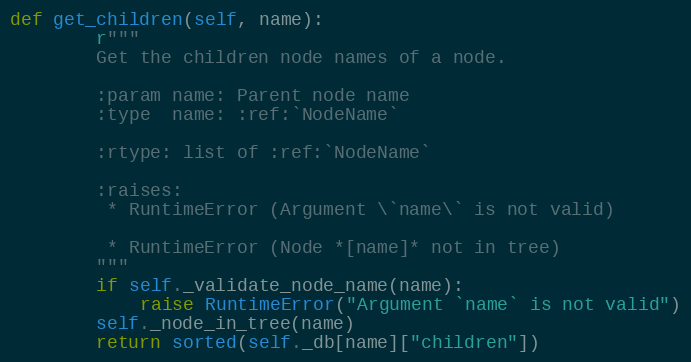
Language: Python
def get_children(self, name):
        r"""
        Get the children node names of a node.

        :param name: Parent node name
        :type  name: :ref:`NodeName`

        :rtype: list of :ref:`NodeName`

        :raises:
         * RuntimeError (Argument \`name\` is not valid)

         * RuntimeError (Node *[name]* not in tree)
        """
        if self._validate_node_name(name):
            raise RuntimeError("Argument `name` is not valid")
        self._node_in_tree(name)
        return sorted(self._db[name]["children"])